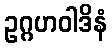
ဥဂ္ဂဟဝါဒိနံ